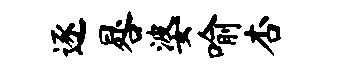
逐晷婆喻杏